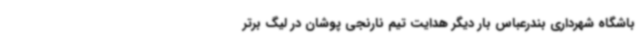
باشگاه شهرداری بندرعباس بار دیگر هدایت تیم نارنجی پوشان در لیگ برتر